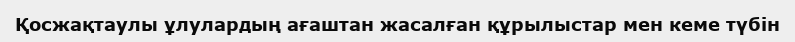
Қосжақтаулы ұлулардың ағаштан жасалған құрылыстар мен кеме түбін